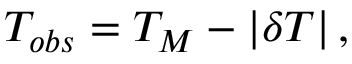
T _ { o b s } = T _ { M } - \left\vert \delta T \right\vert ,